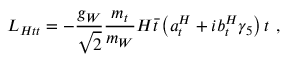
{ \cal L } _ { { \cal H } t t } = - \frac { g _ { W } } { \sqrt 2 } \frac { m _ { t } } { m _ { W } } { \cal H } \bar { t } \left( a _ { t } ^ { \cal H } + i b _ { t } ^ { \cal H } \gamma _ { 5 } \right) t ~ ,